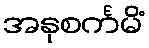
အနုစင်္ကမိံ